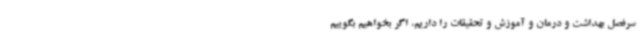
سرفصل بهداشت و درمان و آموزش و تحقیقات را داریم، اگر بخواهیم بگوییم